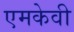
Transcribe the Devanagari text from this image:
एमकेवी